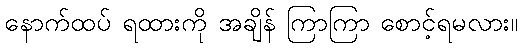
နောက်ထပ် ရထားကို အချိန် ကြာကြာ စောင့်ရမလား။